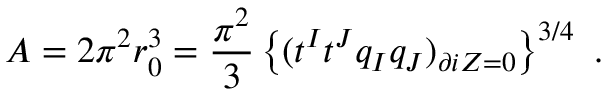
A = 2 \pi ^ { 2 } r _ { 0 } ^ { 3 } = { \frac { \pi ^ { 2 } } { 3 } } \left\{ ( t ^ { I } t ^ { J } q _ { I } q _ { J } ) _ { \partial i Z = 0 } \right\} ^ { 3 / 4 } \ .